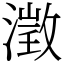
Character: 澂